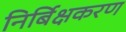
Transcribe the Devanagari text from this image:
निर्बिक्षकरण